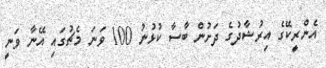
އެންރީކޭގެ އިރުޝާދުގެ ދަށުން ބާސާ ކުޅުނު 100 ވަނަ މެޗުގައި އޭނާ ވަނީ